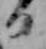
日